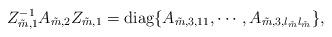
LaTeX: \begin{align*} Z_{\tilde m,1}^{-1}A_{\tilde m,2}Z_{\tilde m,1}=\mathrm{diag}\{ A_{\tilde m,3, 11},\cdots, A_{\tilde m,3, l_{\tilde m }l_{\tilde m} }\},\end{align*}